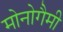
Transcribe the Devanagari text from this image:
मोनोगैमी